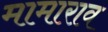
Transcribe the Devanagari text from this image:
मामाराव